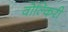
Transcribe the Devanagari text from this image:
वोल्किरी